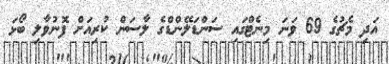
އަދި މެޗުގެ 69 ވަނަ މިނެޓްގައި ސަންޑަލޭންޑްގެ ލާސަން ކުރިއަށް ފޮނުވާލި ބޯޅަ